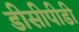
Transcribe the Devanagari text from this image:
डीसीपीडी